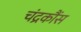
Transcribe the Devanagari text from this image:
चंद्रकौंस